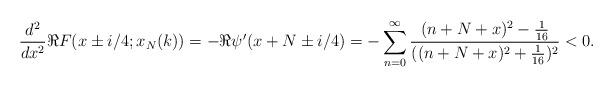
LaTeX: \begin{align*} \frac{d^2}{dx^2} \Re F(x \pm i/4; x_N(k)) = -\Re \psi'(x + N \pm i/4) = -\sum^{\infty}_{n = 0} \frac{(n + N + x)^2 - \frac{1}{16}}{((n + N + x)^2 + \frac{1}{16})^2} < 0. \end{align*}